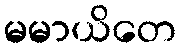
မမာယိတေ